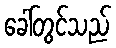
ခေါ်တွင်သည်